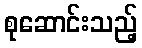
စုဆောင်းသည့်